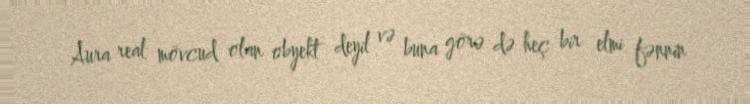
Aura real mövcud olan obyekt deyil və buna görə də heç bir elmi fənnin